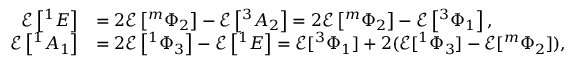
\begin{array} { r l } { \mathcal { E } \left[ ^ { 1 } E \right] } & { = 2 \mathcal { E } \left[ ^ { m } \Phi _ { 2 } \right] - \mathcal { E } \left[ ^ { 3 } A _ { 2 } \right] = 2 \mathcal { E } \left[ ^ { m } \Phi _ { 2 } \right] - \mathcal { E } \left[ ^ { 3 } \Phi _ { 1 } \right] , } \\ { \mathcal { E } \left[ ^ { 1 } A _ { 1 } \right] } & { = 2 \mathcal { E } \left[ ^ { 1 } \Phi _ { 3 } \right] - \mathcal { E } \left[ ^ { 1 } E \right] = \mathcal { E } [ ^ { 3 } \Phi _ { 1 } ] + 2 ( \mathcal { E } [ ^ { 1 } \Phi _ { 3 } ] - \mathcal { E } [ ^ { m } \Phi _ { 2 } ] ) , } \end{array}